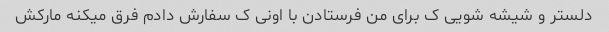
دلستر و شیشه شویی ک برای من فرستادن با اونی ک سفارش دادم فرق میکنه مارکش